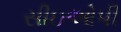
સીઇઓપી